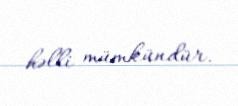
həlli mümkündür.